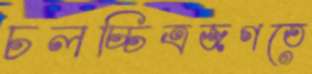
চলচ্চিত্রজগতে